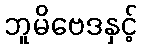
ဘူမိဗေဒနှင့်